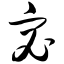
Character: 宓